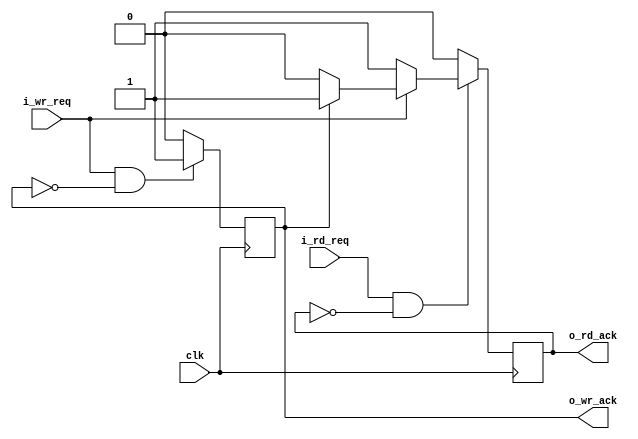
//-------------------------------------------------------------------------------------------------
//  --    : , 2010 -2015.
//  --      .
//  --          : FPGA
//  --        : judge
//  --        : 
//-------------------------------------------------------------------------------------------------
//
//  --  :
//
//  --          :| 				:|  
//-------------------------------------------------------------------------------------------------
//  --        :| 2013/6/3 16:18:47	:|  
//-------------------------------------------------------------------------------------------------
//
//  --      :	
//              1)  : 
//
//              2)  : 
//
//              3)  : ack1clk
//
//-------------------------------------------------------------------------------------------------
//`include			"judge_def.v"
///
`timescale 1ns/1ps
//-------------------------------------------------------------------------------------------------

module judge (
	input				clk			,
	input				i_wr_req	,//
	input				i_rd_req	,//
	output				o_wr_ack	,//
	output				o_rd_ack	//
	);

	//ref signals
	reg					wr_ack_reg = 1'b0;
	reg					rd_ack_reg = 1'b0;

	//ref ARCHITECTURE

	//  -------------------------------------------------------------------------------------
	//  
	//	1 clk
	//	
	//  -------------------------------------------------------------------------------------
	always @ (posedge clk) begin
		if((i_wr_req == 1'b1)&&(wr_ack_reg == 1'b0)) begin				//
			wr_ack_reg	<= 1'b1;
		end
		else begin
			wr_ack_reg	<= 1'b0;
		end
	end

	always @ (posedge clk) begin
		if((i_rd_req == 1'b1)&&(rd_ack_reg == 1'b0)) begin				//
			if(i_wr_req == 1'b1) begin									//
				if(wr_ack_reg == 1'b1) begin							//
					rd_ack_reg	<= 1'b1;
				end
				else begin											//
					rd_ack_reg	<= 1'b0;
				end
			end
			else begin												//
				rd_ack_reg	<= 1'b1;
			end
		end
		else begin													//
			rd_ack_reg	<= 1'b0;
		end
	end

	assign	o_wr_ack	= wr_ack_reg;
	assign	o_rd_ack	= rd_ack_reg;



endmodule